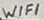
Text: WIFI